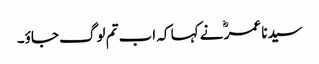
سیدنا عمرؓ نے کہا کہ اب تم لوگ جاؤ۔